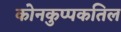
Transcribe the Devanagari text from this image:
कोनकुप्पकतिल